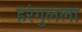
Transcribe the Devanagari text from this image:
हरंगुलला